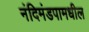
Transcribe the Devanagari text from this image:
नंदिमंडपामधील